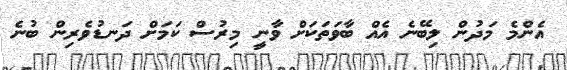
އެންމެ މަދުން ލިބޭނެ އެއް ބާވަތަކަށް ވާނީ މިރުސް ކަމަށް ދަނޑުވެރިން ބުނެ